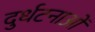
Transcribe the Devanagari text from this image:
दुर्धटनाओं